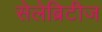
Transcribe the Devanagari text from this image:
सेलेब्रिटीज